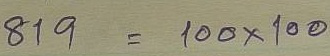
819 = 100 x 100